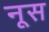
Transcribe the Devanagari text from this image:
नूस